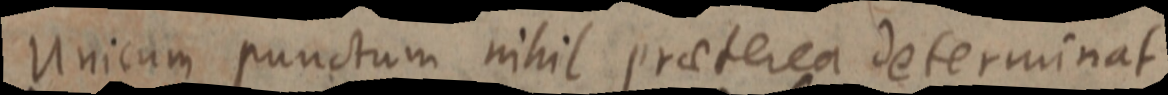
Unicum punctum nihil praeterea determinat